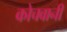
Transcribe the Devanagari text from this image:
कोचवानी